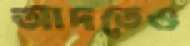
আদতেও